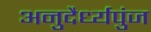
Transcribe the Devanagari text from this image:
अनुदैर्ध्यपुंज